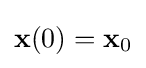
\mathbf {x} (0)=\mathbf {x} _{0}